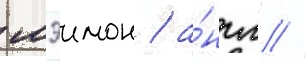
мэимон / а́нгл //